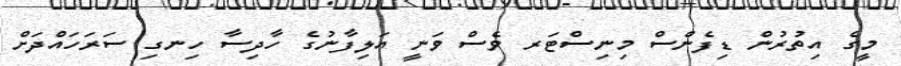
މީގެ އިތުރުން ޑިފެންސް މިނިސްޓަރ ވެސް ވަނީ އަލިފާނުގެ ހާދިސާ ހިނގި ސަރަހައްދަށް